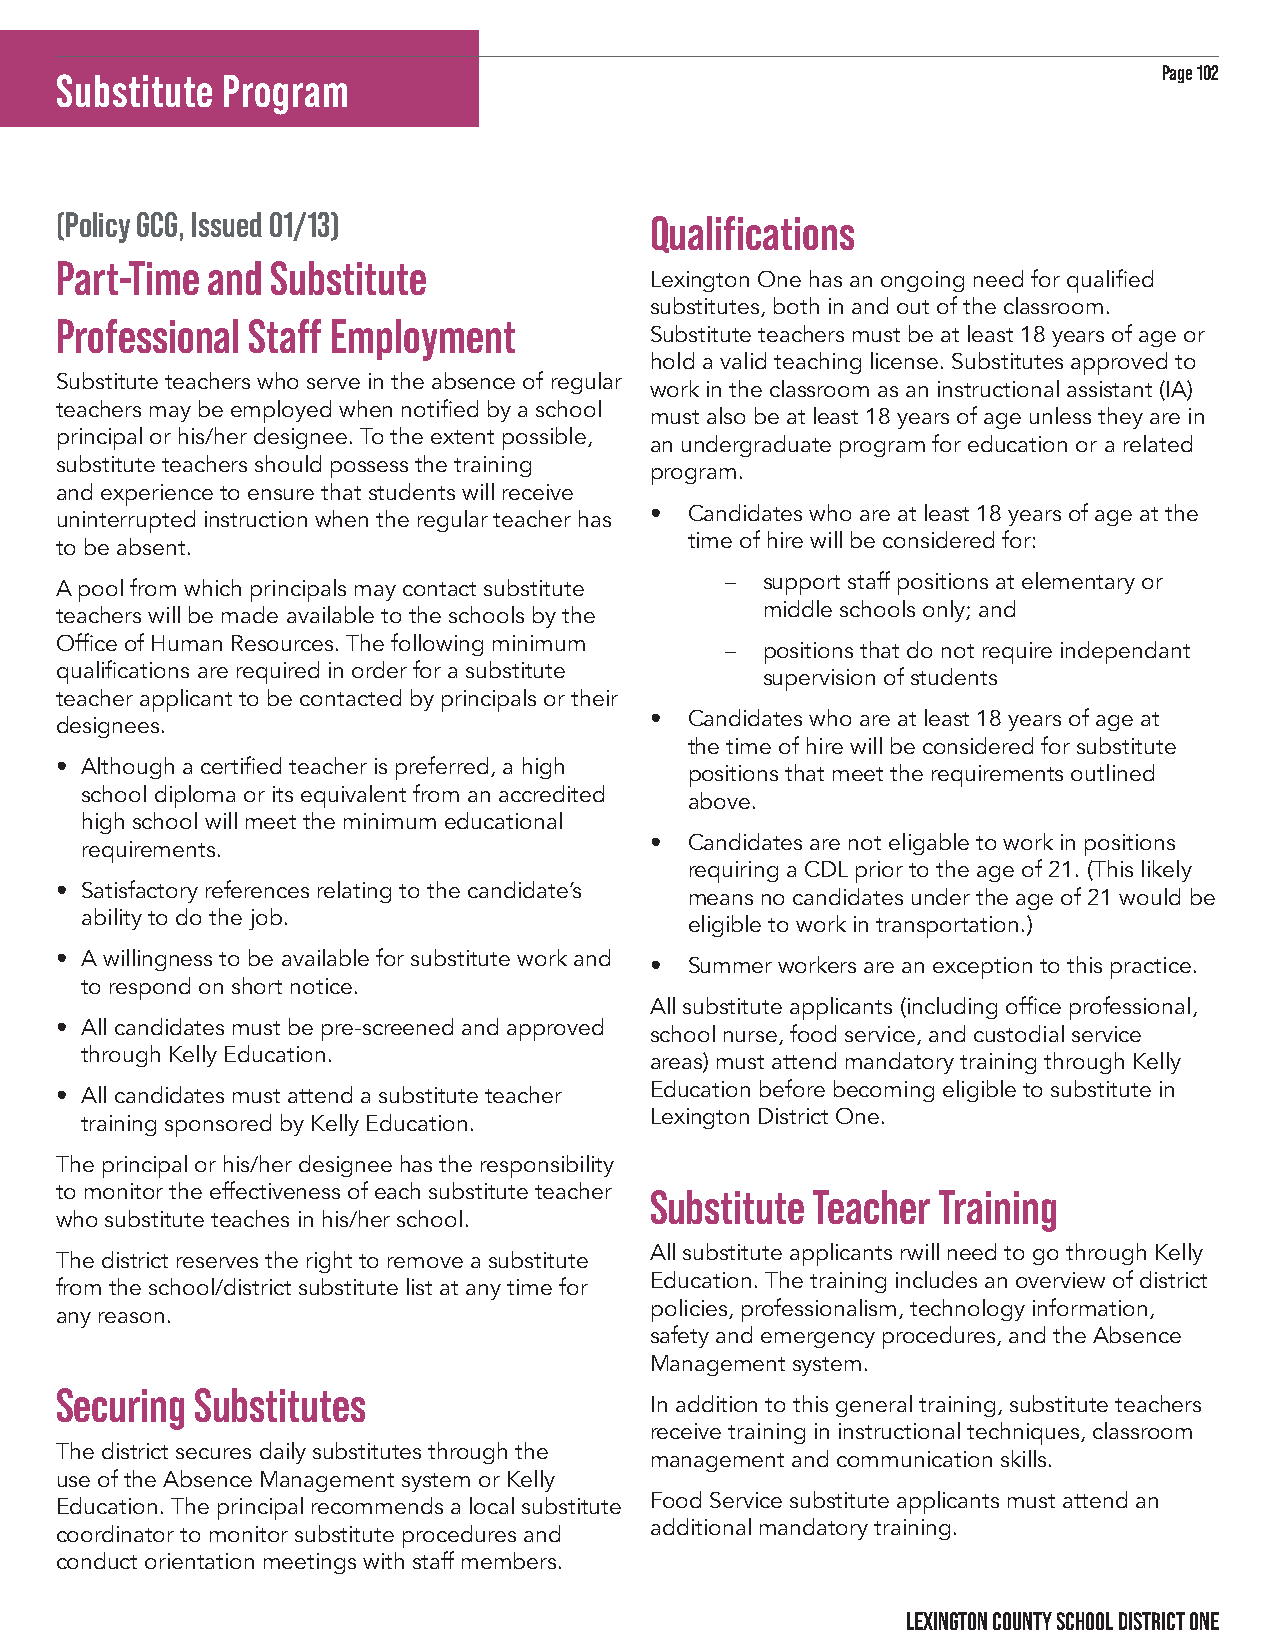
Page 102
 Substitute Program
 (Policy GCG, Issued 01/13)             Qualifications
 Part-Time and Substitute
 Lexington One has an ongoing need for qualified
 substitutes, both in and out of the classroom.
 Professional Staff Employment
 Substitute teachers must be at least 18 years of age or
 hold a valid teaching license. Substitutes approved to
 Substitute teachers who serve in the absence of regular
 work in the classroom as an instructional assistant (IA)
 teachers may be employed when notified by a school
 must also be at least 18 years of age unless they are in
 principal or his/her designee. To the extent possible,
 an undergraduate program for education or a related
 substitute teachers should possess the training
 program.
 and experience to ensure that students will receive
 •  Candidates who are at least 18 years of age at the
 uninterrupted instruction when the regular teacher has
 time of hire will be considered for:
 to be absent.
 – support staff positions at elementary or
 A pool from which principals may contact substitute
 middle schools only; and
 teachers will be made available to the schools by the
 Office of Human Resources. The following minimum
 – positions that do not require independant
 qualifications are required in order for a substitute
 supervision of students
 teacher applicant to be contacted by principals or their
 •  Candidates who are at least 18 years of age at
 designees.
 the time of hire will be considered for substitute
 • Although a certified teacher is preferred, a high
 positions that meet the requirements outlined
 school diploma or its equivalent from an accredited
 above.
 high school will meet the minimum educational
 •  Candidates are not eligable to work in positions
 requirements.
 requiring a CDL prior to the age of 21. (This likely
 • Satisfactory references relating to the candidate’s
 means no candidates under the age of 21 would be
 ability to do the job.
 eligible to work in transportation.)
 • A willingness to be available for substitute work and
 •  Summer workers are an exception to this practice.
 to respond on short notice.
 All substitute applicants (including office professional,
 • All candidates must be pre-screened and approved
 school nurse, food service, and custodial service
 through Kelly Education.
 areas) must attend mandatory training through Kelly
 Education before becoming eligible to substitute in
 • All candidates must attend a substitute teacher
 Lexington District One.
 training sponsored by Kelly Education.
 The principal or his/her designee has the responsibility
 to monitor the effectiveness of each substitute teacher Substitute Teacher Training
 who substitute teaches in his/her school.
 All substitute applicants rwill need to go through Kelly
 The district reserves the right to remove a substitute
 Education. The training includes an overview of district
 from the school/district substitute list at any time for
 policies, professionalism, technology information,
 any reason.
 safety and emergency procedures, and the Absence
 Management system.
 Securing Substitutes
 In addition to this general training, substitute teachers
 receive training in instructional techniques, classroom
 The district secures daily substitutes through the
 management and communication skills.
 use of the Absence Management system or Kelly
 Food Service substitute applicants must attend an
 Education. The principal recommends a local substitute
 additional mandatory training.
 coordinator to monitor substitute procedures and
 conduct orientation meetings with staff members.
 LEXINGTON COUNTY SCHOOL DISTRICT ONE